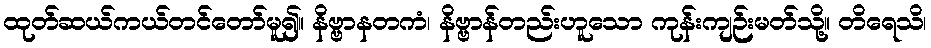
ထုတ်ဆယ်ကယ်တင်တော်မူ၍။ နိဗ္ဗာနတကံ၊ နိဗ္ဗာန်တည်းဟူသော ကုန်းကျဉ်းမတ်သို့။ တိရေသိ၊